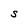
Character: S